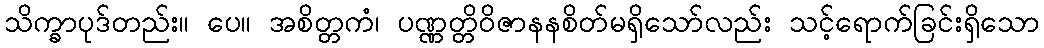
သိက္ခာပုဒ်တည်း။ ပေ။ အစိတ္တကံ၊ ပဏ္ဏတ္တိဝိဇာနနစိတ်မရှိသော်လည်း သင့်ရောက်ခြင်းရှိသော